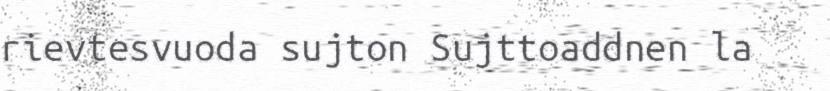
rievtesvuoda sujton Sujttoaddnen la